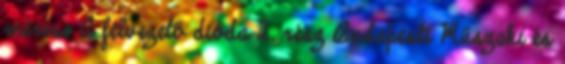
mérése A félvezető dióda 2. rész Budapesti Műszaki és